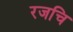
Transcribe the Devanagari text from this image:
रजचि